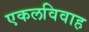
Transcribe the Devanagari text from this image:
एकलविवाह